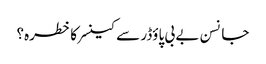
جانسن بے بی پاؤڈر سے کینسر کا خطرہ؟